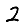
Digit: 2